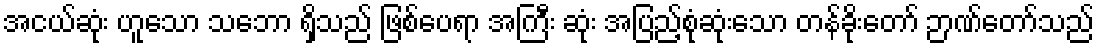
အငယ်ဆုံး ဟူသော သဘော ရှိသည် ဖြစ်ပေရာ အကြီး ဆုံး အပြည့်စုံဆုံးသော တန်ခိုးတော် ဉာဏ်တော်သည်